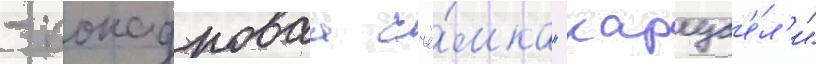
- покадроваа съё́мка "карус'е́л'и"